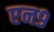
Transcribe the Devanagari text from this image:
एन९